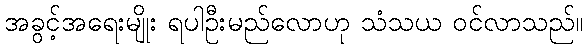
အခွင့်အရေးမျိုး ရပါဦးမည်လောဟု သံသယ ဝင်လာသည်။